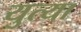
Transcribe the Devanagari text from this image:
युत्या